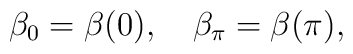
\beta _0 = \beta (0), \quad \beta _\pi = \beta (\pi ),